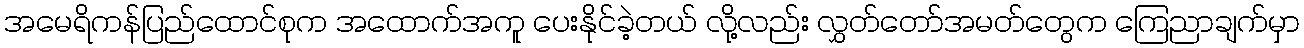
အမေရိကန်ပြည်ထောင်စုက အထောက်အကူ ပေးနိုင်ခဲ့တယ် လို့လည်း လွှတ်တော်အမတ်တွေက ကြေညာချက်မှာ